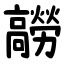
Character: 髝